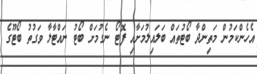
އެހެންކަމުން މަތިންދާ ބޯޓުތައް ބަލައިލުމަށާއި ފޮޓޯ ނެގުމަށް ބޯޓު ނައްޓާލާ ވަގުތު ބޯޓޫގެ